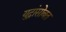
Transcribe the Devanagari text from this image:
युद्धांसोबत